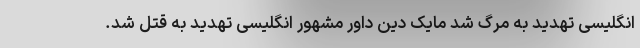
انگلیسی تهدید به مرگ شد مایک دین داور مشهور انگلیسی تهدید به قتل شد.